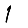
Digit: 1